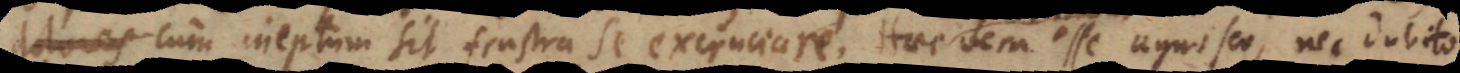
debere, cum ineptum sit frustra se excruciare. Haec vera esse agnosco, nec dubito